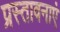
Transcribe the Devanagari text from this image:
प्रस्तावनाएं